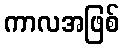
ကာလအဖြစ်